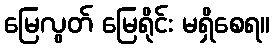
မြေလွတ် မြေရိုင်း မရှိစေရ။